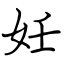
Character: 妊